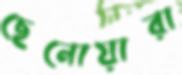
ছেনোয়ারা